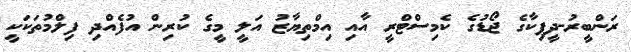
ރަންބީރު-ދީޕިކާގެ ޖޯޑުގެ ކެމިސްޓްރީ އާއި އިމްތިޔާޒު އަލީ މީގެ ކުރިން އުފެއްދި ފިލްމުތަކަކީ